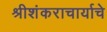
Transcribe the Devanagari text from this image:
श्रीशंकराचार्याचे